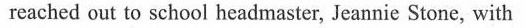
reached out to school headmaster, Jeannie Stone, with